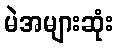
မဲအများဆုံး